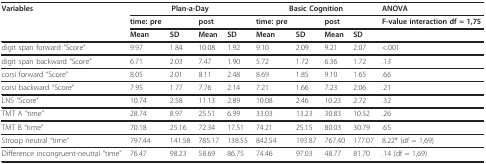
| Variables | <COLSPAN=4> Plan-a-Day | <COLSPAN=4> Basic Cognition | ANOVA |
 |  | time: pre |  | post |  | time: pre |  | post |  | F-value interaction df = 1,75 |
 |  | Mean | SD | Mean | SD | Mean | SD | Mean | SD |  |
 | --- | --- | --- | --- | --- | --- | --- | --- | --- | --- |
 | digit span forward "Score" | 9.97 | 1.84 | 10.08 | 1.92 | 9.10 | 2.09 | 9.21 | 2.07 | <.001 |
 | digit span backward "Score" | 6.71 | 2.03 | 7.47 | 1.90 | 5.72 | 1.72 | 6.36 | 1.72 | .13 |
 | corsi forward "Score" | 8.05 | 2.01 | 8.11 | 2.48 | 8.69 | 1.85 | 9.10 | 1.65 | .66 |
 | corsi backward "Score" | 7.95 | 1.77 | 7.76 | 2.14 | 7.21 | 1.66 | 7.23 | 2.06 | .21 |
 | LNS "Score" | 10.74 | 2.58 | 11.13 | 2.89 | 10.08 | 2.46 | 10.23 | 2.72 | .32 |
 | TMT A "time" | 28.74 | 8.97 | 25.51 | 6.99 | 33.03 | 13.23 | 30.83 | 10.52 | .26 |
 | TMT B "time" | 70.18 | 25.16 | 72.34 | 17.51 | 74.21 | 25.15 | 80.03 | 30.79 | .65 |
 | Stroop neutral "time" | 797.44 | 141.58 | 785.17 | 138.55 | 842.54 | 193.87 | 767.40 | 177.07 | 8.22* (df = 1,69) |
 | Difference incongruent-neutral "time" | 76.47 | 98.23 | 58.69 | 86.75 | 74.46 | 97.03 | 48.77 | 81.70 | .14 (df = 1,69) |